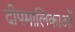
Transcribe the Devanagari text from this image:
दीपमालिकाओं